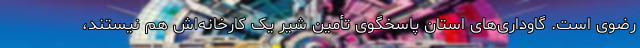
رضوی است. گاوداری‌های استان پاسخگوی تأمین شیر یک کارخانه‌اش هم نیستند،